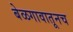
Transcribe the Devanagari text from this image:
बेळगावातूनच